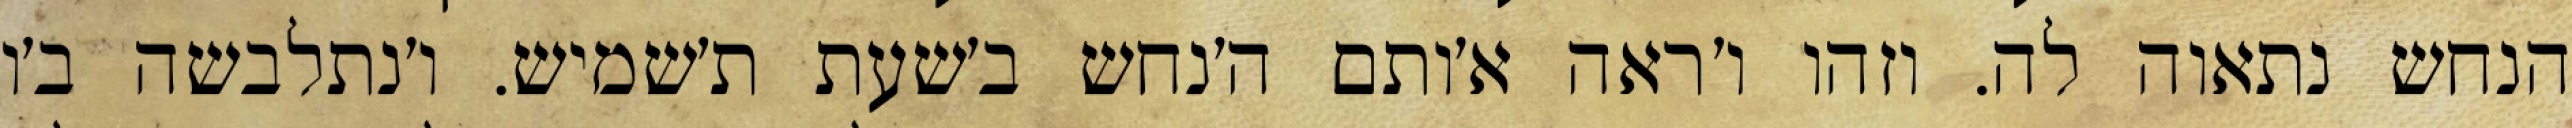
הנחש נתאוה לה. וזהו ו׳ראה א׳ותם ה׳נחש ב׳שעת ת׳שמיש. ו׳נתלבשה ב׳ו